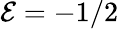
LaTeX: \mathcal{E}=-1/2